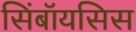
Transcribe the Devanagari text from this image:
सिंबॉयसिस